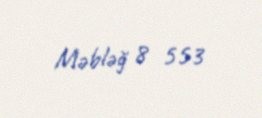
Məbləğ 8 553